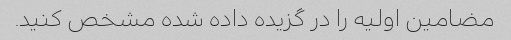
مضامین اولیه را در گزیده داده شده مشخص کنید.